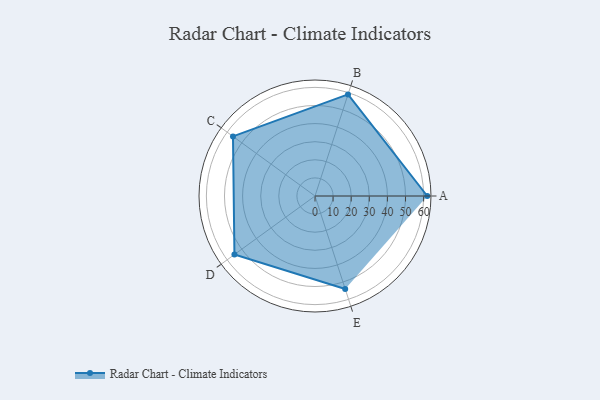
{"axis": {"x": "Skill", "y": "Score"}, "legend": ["Profile"], "data": [{"x": "A", "y": 62.0, "type": "Profile"}, {"x": "B", "y": 59.0, "type": "Profile"}, {"x": "C", "y": 56.0, "type": "Profile"}, {"x": "D", "y": 55.0, "type": "Profile"}, {"x": "E", "y": 54.0, "type": "Profile"}]}